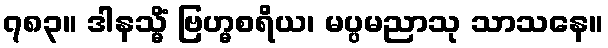
၇၈၃။ ဒါနသ္မိံ ဗြဟ္မစရိယ၊ မပ္ပမညာသု သာသနေ။